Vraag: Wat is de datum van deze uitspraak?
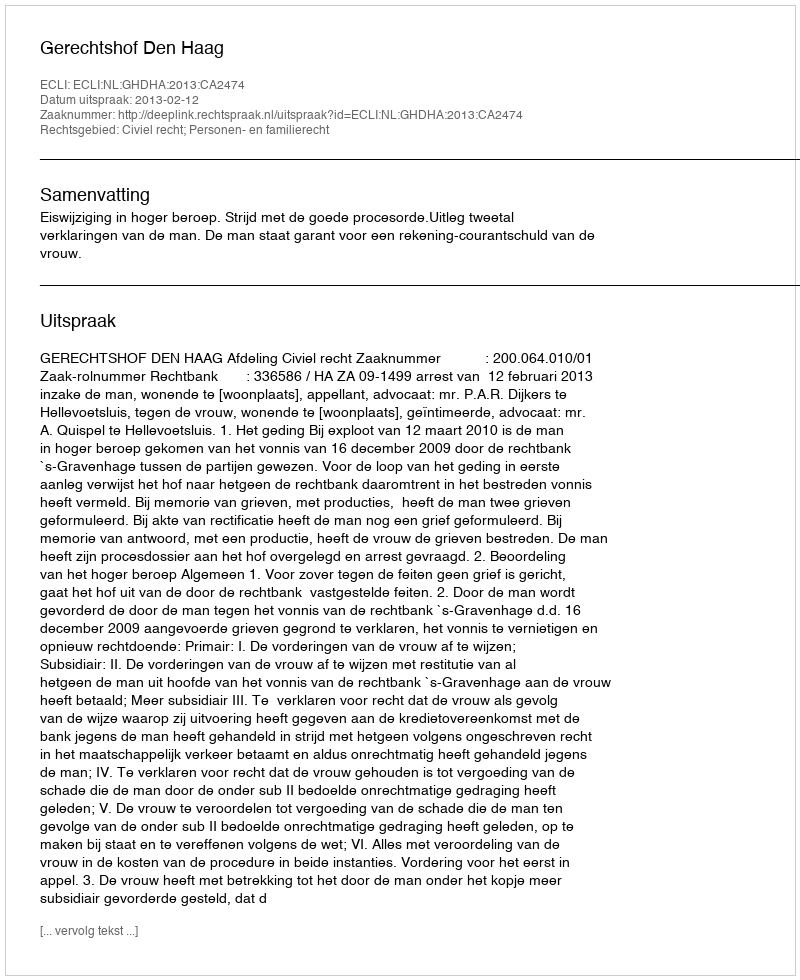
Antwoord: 2013-02-12